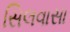
સિલવાસા